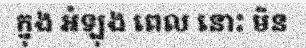
ក្នុង អំឡុង ពេល នោះ មិន